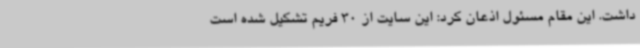
داشت. این مقام مسئول اذعان کرد: این سایت از 30 فریم تشکیل شده است